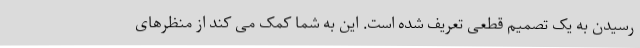
رسیدن به یک تصمیم قطعی تعریف شده است. این به شما کمک می کند از منظرهای